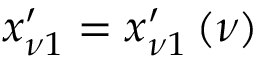
x _ { \nu 1 } ^ { \prime } = x _ { \nu 1 } ^ { \prime } \left( \nu \right)